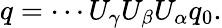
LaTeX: q=\cdots U_{\gamma}U_{\beta}U_{\alpha}q_{0}.